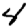
Digit: 4